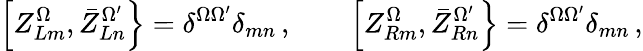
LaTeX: \left[Z_{Lm}^{\Omega},\bar{Z}_{Ln}^{\Omega^{\prime}}\right\} =\delta^{\Omega\Omega^{\prime}}\delta_{mn}\, ,\qquad\left[Z_{Rm}^{\Omega},\bar{Z}_{Rn}^{\Omega^{\prime}}\right\} =\delta^{\Omega\Omega^{\prime}}\delta_{mn}\, ,